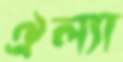
ঐল্যা